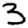
Digit: 3